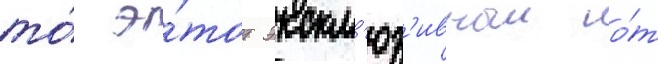
то́ э́тот экскл'юз'ивныи о́т